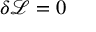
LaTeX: \delta { \mathcal { L } } = 0